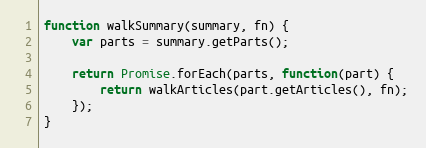
Language: JavaScript
function walkSummary(summary, fn) {
    var parts = summary.getParts();

    return Promise.forEach(parts, function(part) {
        return walkArticles(part.getArticles(), fn);
    });
}